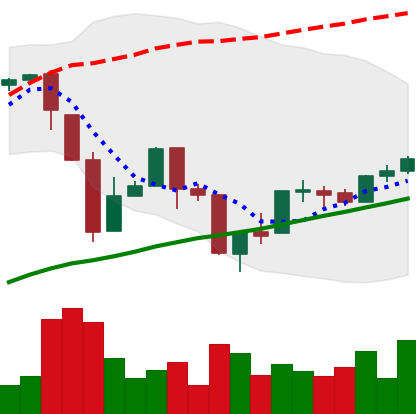
Ticker: BTC-USD
Chart end date: 2017-04-02
Forward return: 6.78%
Label: up_5_7